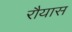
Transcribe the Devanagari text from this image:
रौयास